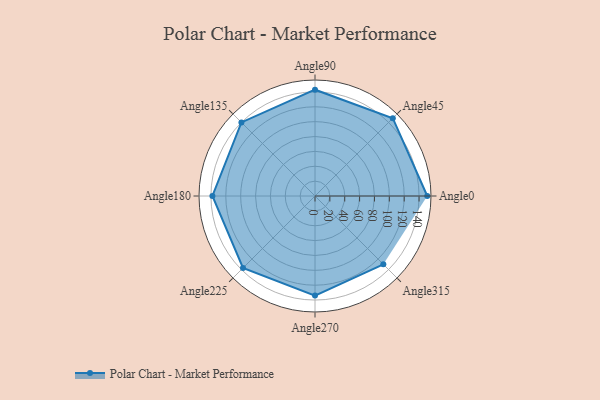
{"axis": {"x": "Angle", "y": "Radius"}, "legend": [""], "data": [{"x": "Angle0", "y": 151.0, "type": ""}, {"x": "Angle45", "y": 148.0, "type": ""}, {"x": "Angle90", "y": 143.0, "type": ""}, {"x": "Angle135", "y": 140.0, "type": ""}, {"x": "Angle180", "y": 138.0, "type": ""}, {"x": "Angle225", "y": 137.0, "type": ""}, {"x": "Angle270", "y": 134.0, "type": ""}, {"x": "Angle315", "y": 130.0, "type": ""}]}